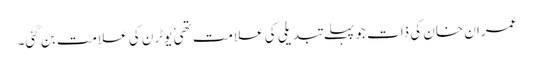
عمران خان کی ذات جو پہلے تبدیلی کی علامت تھی ٗ یوٹرن کی علامت بن گئی۔